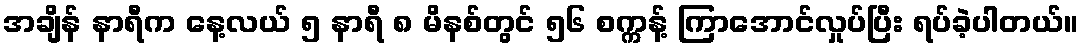
အချိန် နာရီက နေ့လယ် ၅ နာရီ ၈ မိနစ်တွင် ၅၆ စက္ကန့် ကြာအောင်လှုပ်ပြီး ရပ်ခဲ့ပါတယ်။